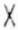
X